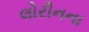
લોરીનના